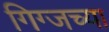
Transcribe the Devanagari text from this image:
गिग्जच्या